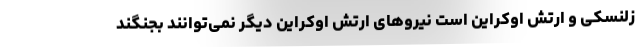
زلنسکی و ارتش اوکراین است نیروهای ارتش اوکراین دیگر نمی‌توانند بجنگند